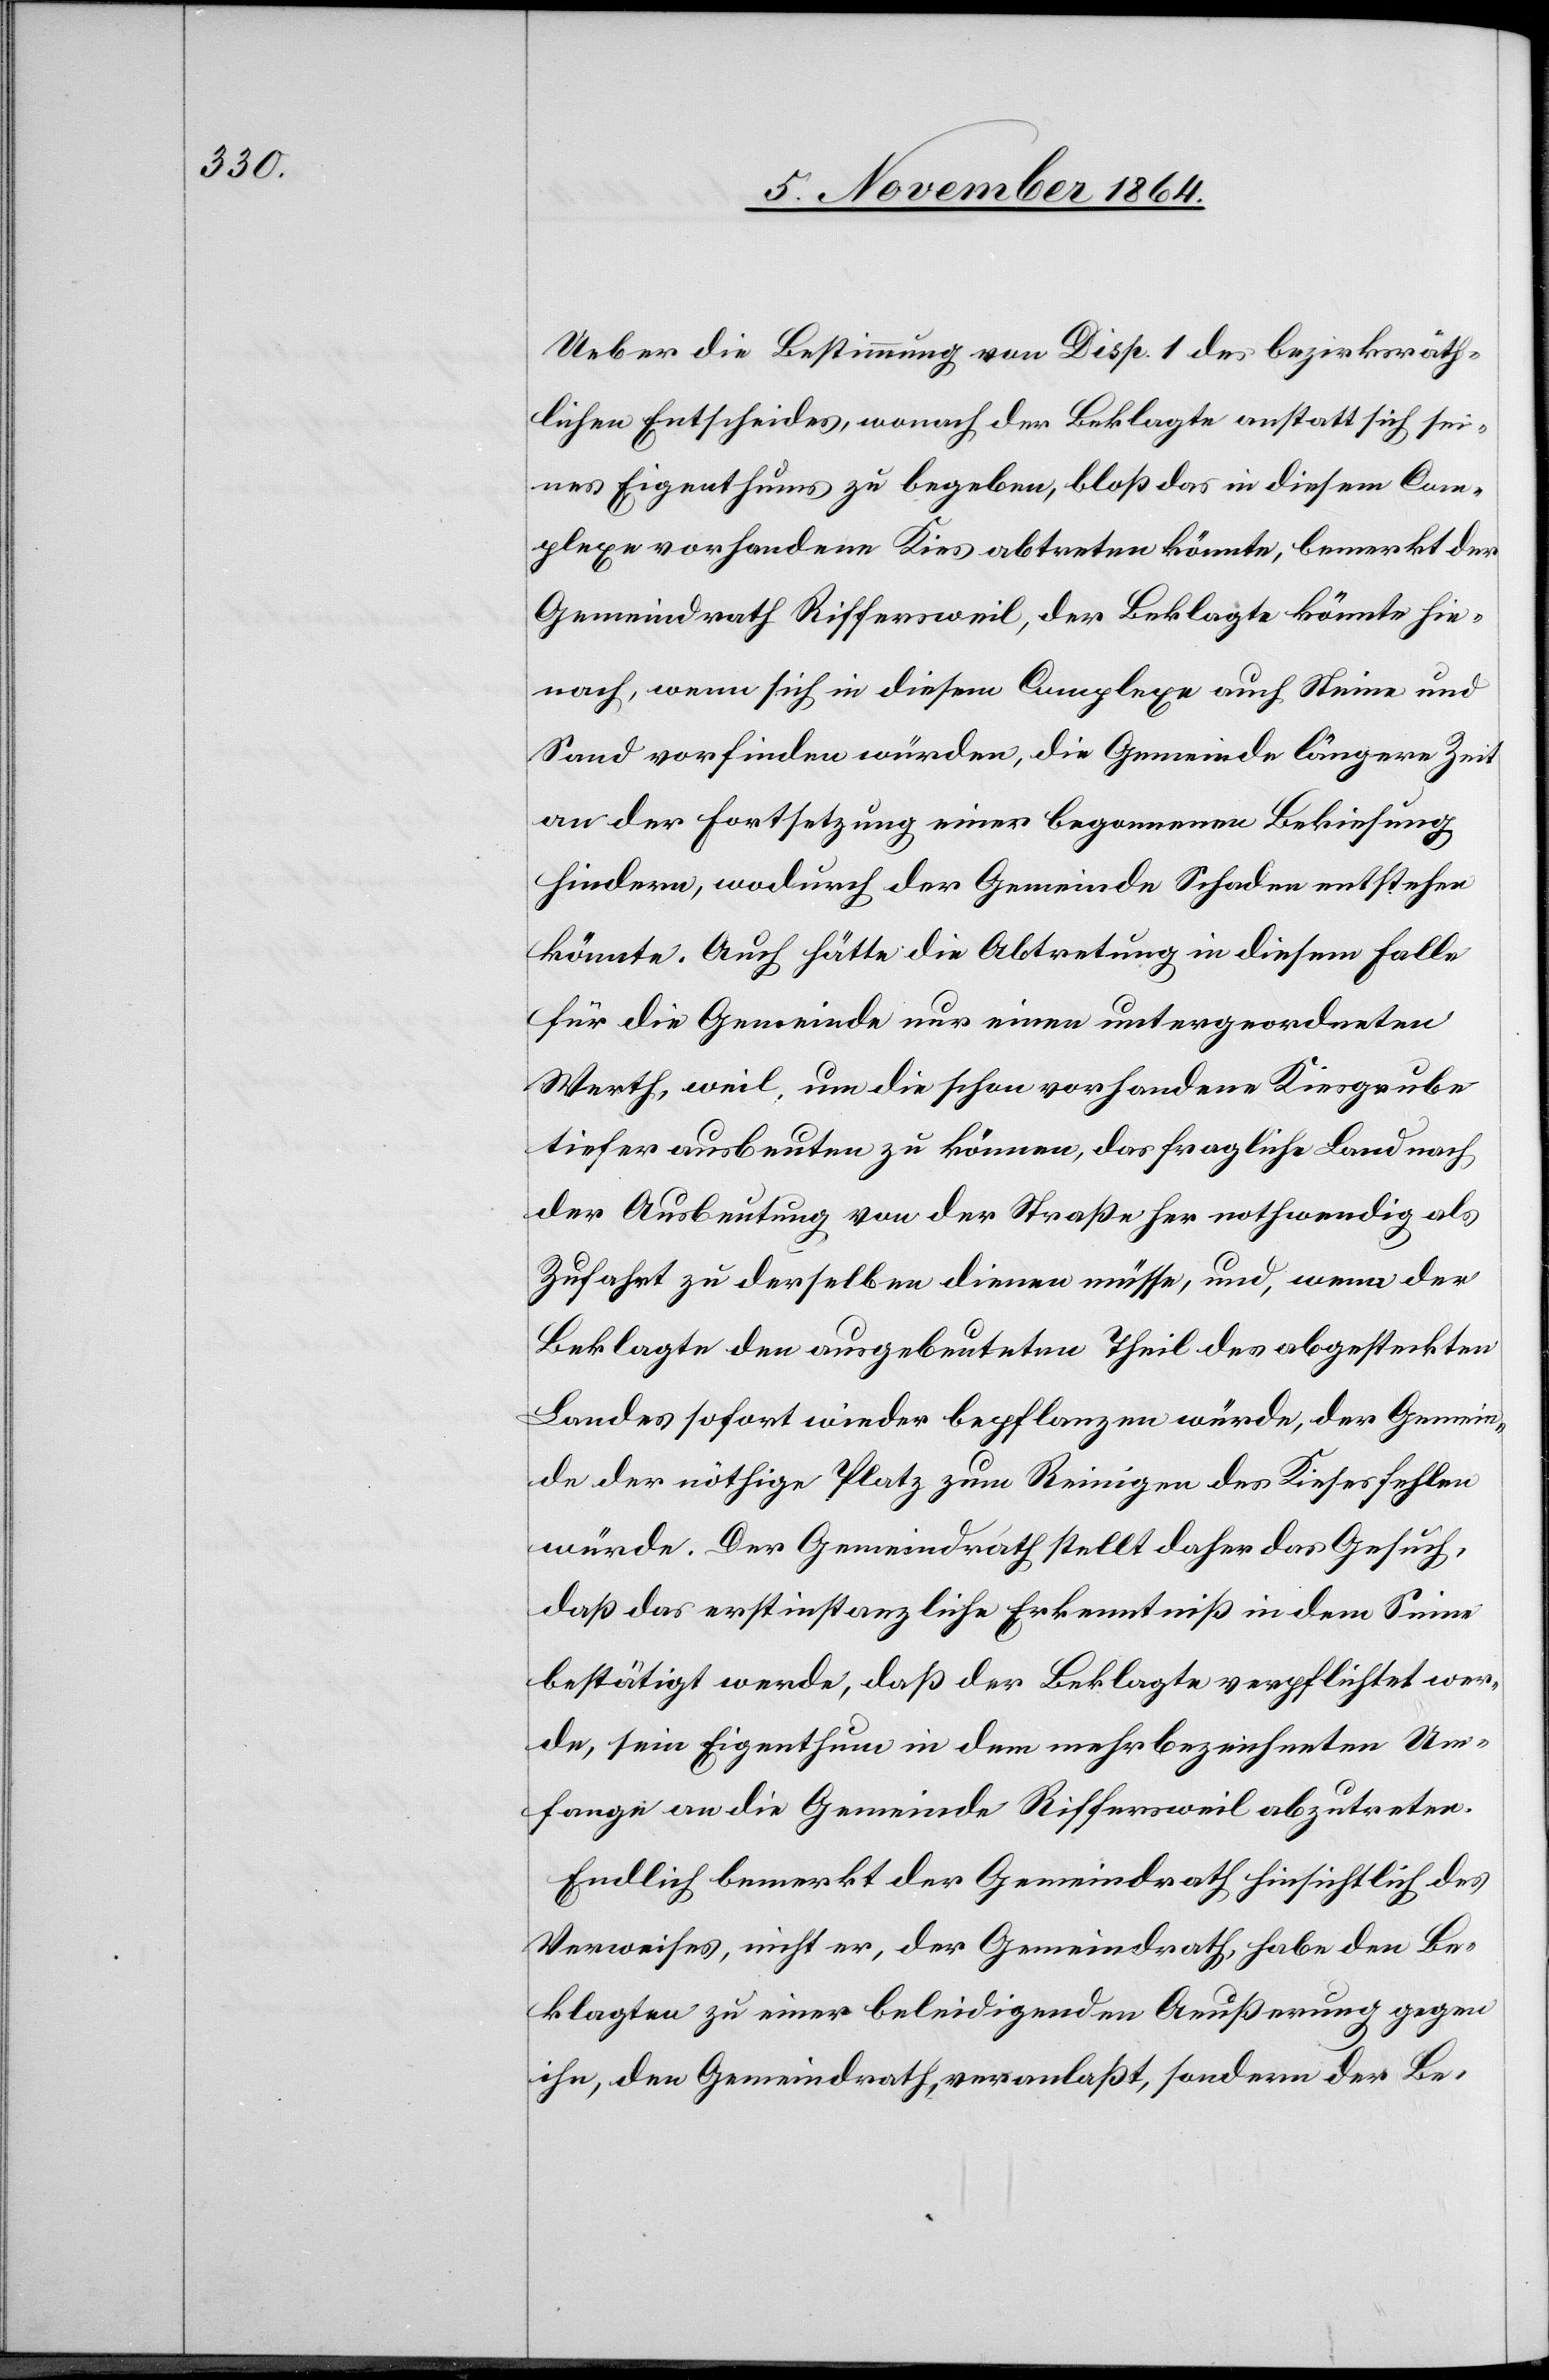
Ueber die Bestimmung von Disp. 1 des bezirksräth¬
lichen Entscheides, wonach der Beklagte anstatt sich sei¬
nes Eigenthums zu begeben, bloß das in diesem Com¬
plexe vorhandene Kies abtreten könnte, bemerkt der
Gemeindrath Riffersweil, der Beklagte könnte hie¬
nach, wenn sich in diesem Complexe auch Steine und
Sand vorfinden würden, die Gemeinde längere Zeit
an der Fortsetzung einer begonnenen Bekiesung
hindern, wodurch der Gemeinde Schaden entstehen
könnte. Auch hätte die Abtretung in diesem Falle
für die Gemeinde nur einen untergeordneten
Werth, weil, um die schon vorhandene Kiesgrube
tiefer ausbeuten zu können, das fragliche Land nach
der Ausbeutung von der Straße her nothwendig als
Zufahrt zu derselben dienen müsse, und, wenn der
Beklagte den ausgebeuteten Theil des abgesteckten
Landes sofort wieder bepflanzen würde, der Gemein¬
de der nöthige Platz zum Reinigen des Kieses fehlen
würde. Der Gemeindrath stellt daher das Gesuch,
daß das erstinstanzliche Erkenntniß in dem Sinne
bestätigt werde, daß der Beklagte verpflichtet wer¬
de, sein Eigenthum in dem mehrbezeichneten Um¬
fange an die Gemeinde Riffersweil abzutreten.
Endlich bemerkt der Gemeindrath hinsichtlich des
Verweises, nicht er, der Gemeindrath, habe den Be¬
klagten zu einer beleidigenden Aeußerung gegen
ihn, den Gemeindrath, veranlaßt, sondern der Be-